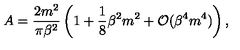
A = \frac { 2 m ^ { 2 } } { \pi \beta ^ { 2 } } \left( 1 + \frac { 1 } { 8 } \beta ^ { 2 } m ^ { 2 } + { \cal O } ( \beta ^ { 4 } m ^ { 4 } ) \right) ,